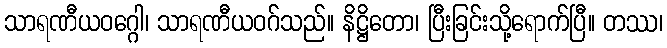
သာရဏီယဝဂ္ဂေါ၊ သာရဏီယဝဂ်သည်။ နိဋ္ဌိတော၊ ပြီးခြင်းသို့ရောက်ပြီ။ တဿ၊